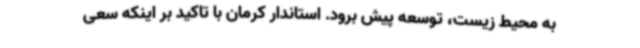
به محیط زیست، توسعه پیش برود. استاندار کرمان با تاکید بر اینکه سعی